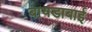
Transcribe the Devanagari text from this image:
बायडाबाई